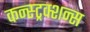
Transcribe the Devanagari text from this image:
कन्स्ट्रक्शन्स